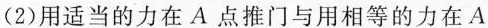
(2)用适当的力在A点推门与用相等的力在A